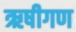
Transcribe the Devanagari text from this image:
ऋषीगण